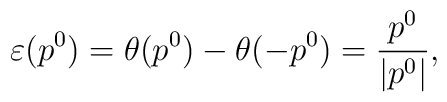
\varepsilon(p^{0})=\theta(p^{0})-\theta(-p^{0})=\frac{p^0}{|p^0|},